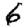
Digit: 6